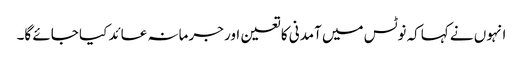
انہوں نے کہاکہ نوٹس میں آمدنی کا تعین اور جرمانہ عائد کیا جائے گا۔